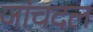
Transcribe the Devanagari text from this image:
जांचदल